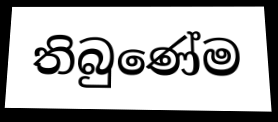
තිබුණේම